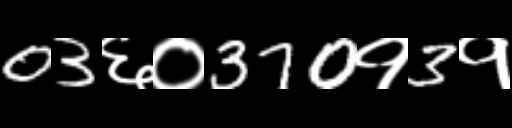
Text: 03६०370१3१